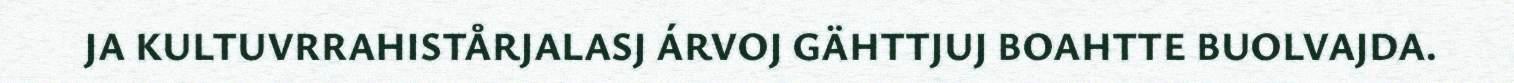
JA KULTUVRRAHISTÅRJALASJ ÁRVOJ GÄHTTJUJ BOAHTTE BUOLVAJDA.